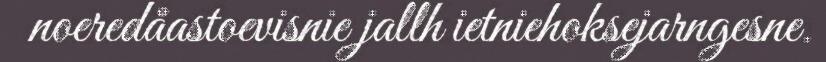
noeredåastoevisnie jallh ietniehoksejarngesne.